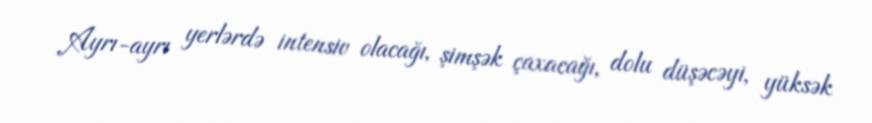
Ayrı-ayrı yerlərdə intensiv olacağı, şimşək çaxacağı, dolu düşəcəyi, yüksək